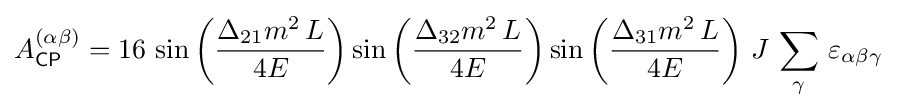
A_{\mathsf {CP}}^{(\alpha \beta )}=16\,\sin \left({\frac {\Delta _{21}m^{2}\,L}{4E}}\right)\sin \left({\frac {\Delta _{32}m^{2}\,L}{4E}}\right)\sin \left({\frac {\Delta _{31}m^{2}\,L}{4E}}\right)\,J\,\sum _{\gamma }\,\varepsilon _{\alpha \beta \gamma }